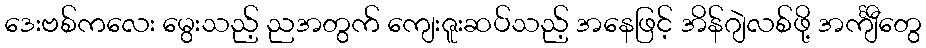
ဒေးဗစ်ကလေး မွေးသည့် ညအတွက် ကျေးဇူးဆပ်သည့် အနေဖြင့် အိန်ဂျဲလစ်ဖို့ အင်္ကျီတွေ